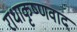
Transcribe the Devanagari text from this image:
राधाकृष्णवाद